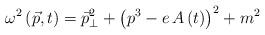
LaTeX: \begin{align*}\omega ^2\left( \vec p,t\right) =\vec p_{\bot }^2+\left(p^3-e\,A\left( t\right) \right) ^2+m^2\end{align*}